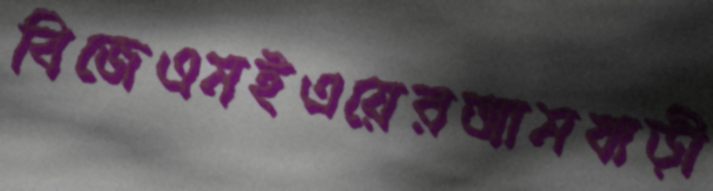
বিজেএমইএয়েরআমবাড়ী